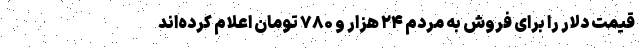
قیمت دلار را برای فروش به مردم ۲۴ هزار و ۷۸۰ تومان اعلام کرده‌اند